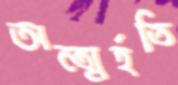
অন্ত্মর্হতি